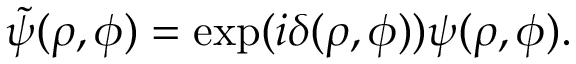
\widetilde { \psi } ( \rho , \phi ) = \exp ( i \delta ( \rho , \phi ) ) \psi ( \rho , \phi ) .